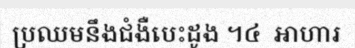
ប្រឈមនឹងជំងឺបេះដូង ។៤  អាហារ